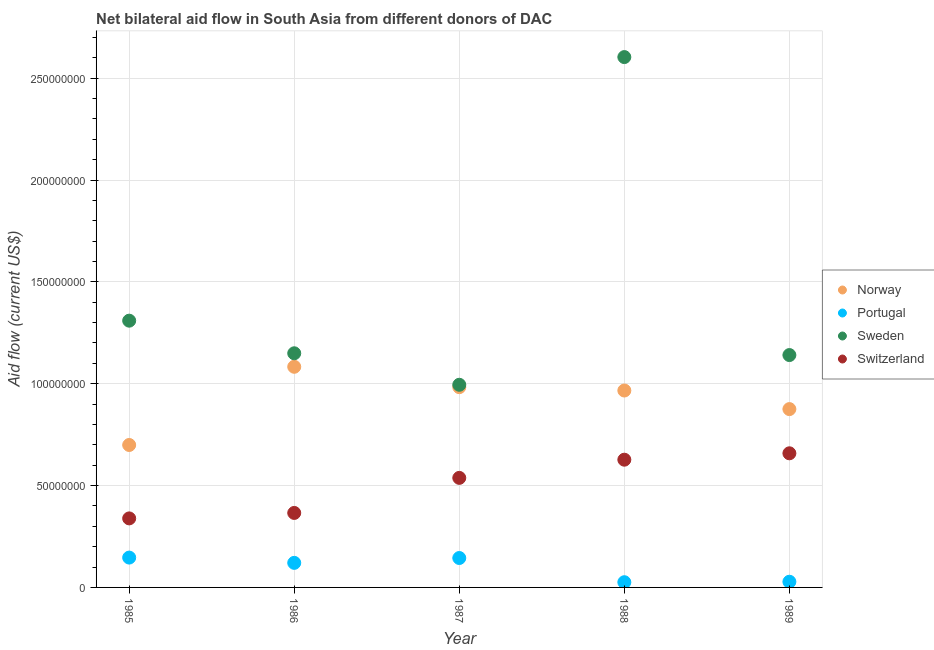
| Year | Norway | Portugal | Sweden | Switzerland |
 | --- | --- | --- | --- | --- |
 | 1985 | 6.99e+07 | 1.46e+07 | 1.31e+08 | 3.39e+07 |
 | 1986 | 1.08e+08 | 1.21e+07 | 1.15e+08 | 3.66e+07 |
 | 1987 | 9.83e+07 | 1.44e+07 | 9.95e+07 | 5.38e+07 |
 | 1988 | 9.67e+07 | 2.56e+06 | 2.6e+08 | 6.27e+07 |
 | 1989 | 8.76e+07 | 2.79e+06 | 1.14e+08 | 6.58e+07 |